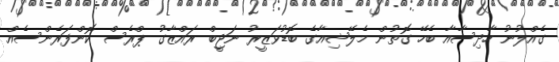
ގެެއްލުނު ހާދިސާއާ ބެހޭ ގޮތުން މެލޭޝިއާގެ ބޮޑުވަޒީރު ނަޖީބް ރައްޒާގު ޕްރެސް ކޮންފަރެންސެއް